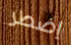
إضطر